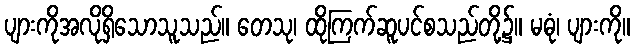
ပျားကိုအလိုရှိသောသူသည်။ တေသု၊ ထိုကြက်ဆူပင်စသည်တို့၌။ မဓုံ၊ ပျားကို။